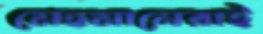
মেহমানেরাই